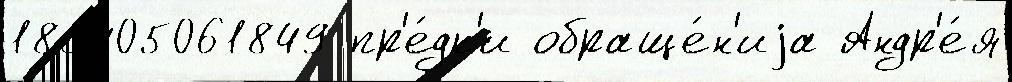
183405061849 пр'е́дк'и обраще́н'иjа Андр'е́я